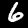
Label: 6